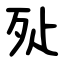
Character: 㱜